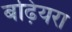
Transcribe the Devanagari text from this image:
बढ़ियरा